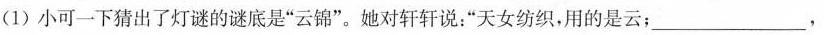
(1)小可一下猜出了灯谜的谜底是”云锦”。她对轩轩说：”天女纺织，用的是云；_____________，